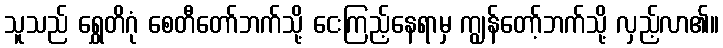
သူသည် ရွှေတိဂုံ စေတီတော်ဘက်သို့ ငေးကြည့်နေရာမှ ကျွန်တော့်ဘက်သို့ လှည့်လာ၏။